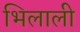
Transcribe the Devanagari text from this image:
भिलाली